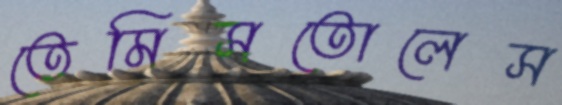
তেমিসতোলেস